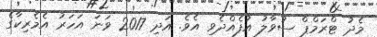
މެދު ޓްރަމްޕް ސުވާލު އުފެއްދެވި އެވެ. އަދި 2017 ވަނަ އަހަރު އެމެރިކާގެ